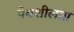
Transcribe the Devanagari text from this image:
पेयशीलता